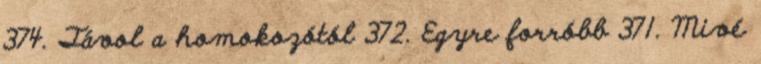
374. Távol a homokozótól 372. Egyre forróbb 371. Mivé